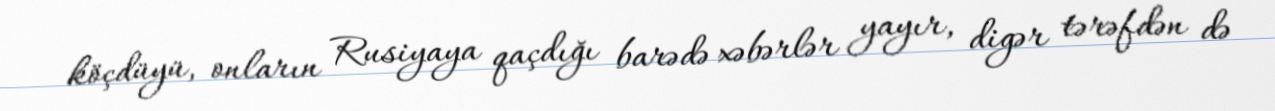
köçdüyü, onların Rusiyaya qaçdığı barədə xəbərlər yayır, digər tərəfdən də